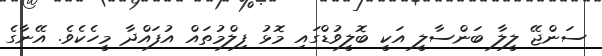
ސަންޖޭ ލީލާ ބަންސާލީ އަކީ ބޮލީވުޑްގައި މޮޅު ފިލްމުތައް އުފައްދާ މީހެކެވެ. އޭނާގެ